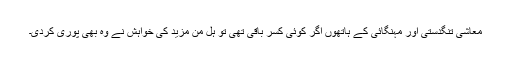
معاشی تنگدستی اور مہنگائی کے ہاتھوں اگر کوئی کسر باقی تھی تو ہل من مزید کی خواہش نے وہ بھی پوری کردی۔